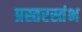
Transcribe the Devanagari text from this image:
प्रस्तरस्तंभ